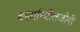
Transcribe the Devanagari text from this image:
कार्यान्वीतजोगी